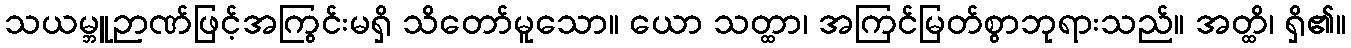
သယမ္ဘူဉာဏ်ဖြင့်အကြွင်းမရှိ သိတော်မူသော။ ယော သတ္ထာ၊ အကြင်မြတ်စွာဘုရားသည်။ အတ္ထိ၊ ရှိ၏။